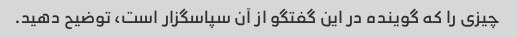
چیزی را که گوینده در این گفتگو از آن سپاسگزار است، توضیح دهید.